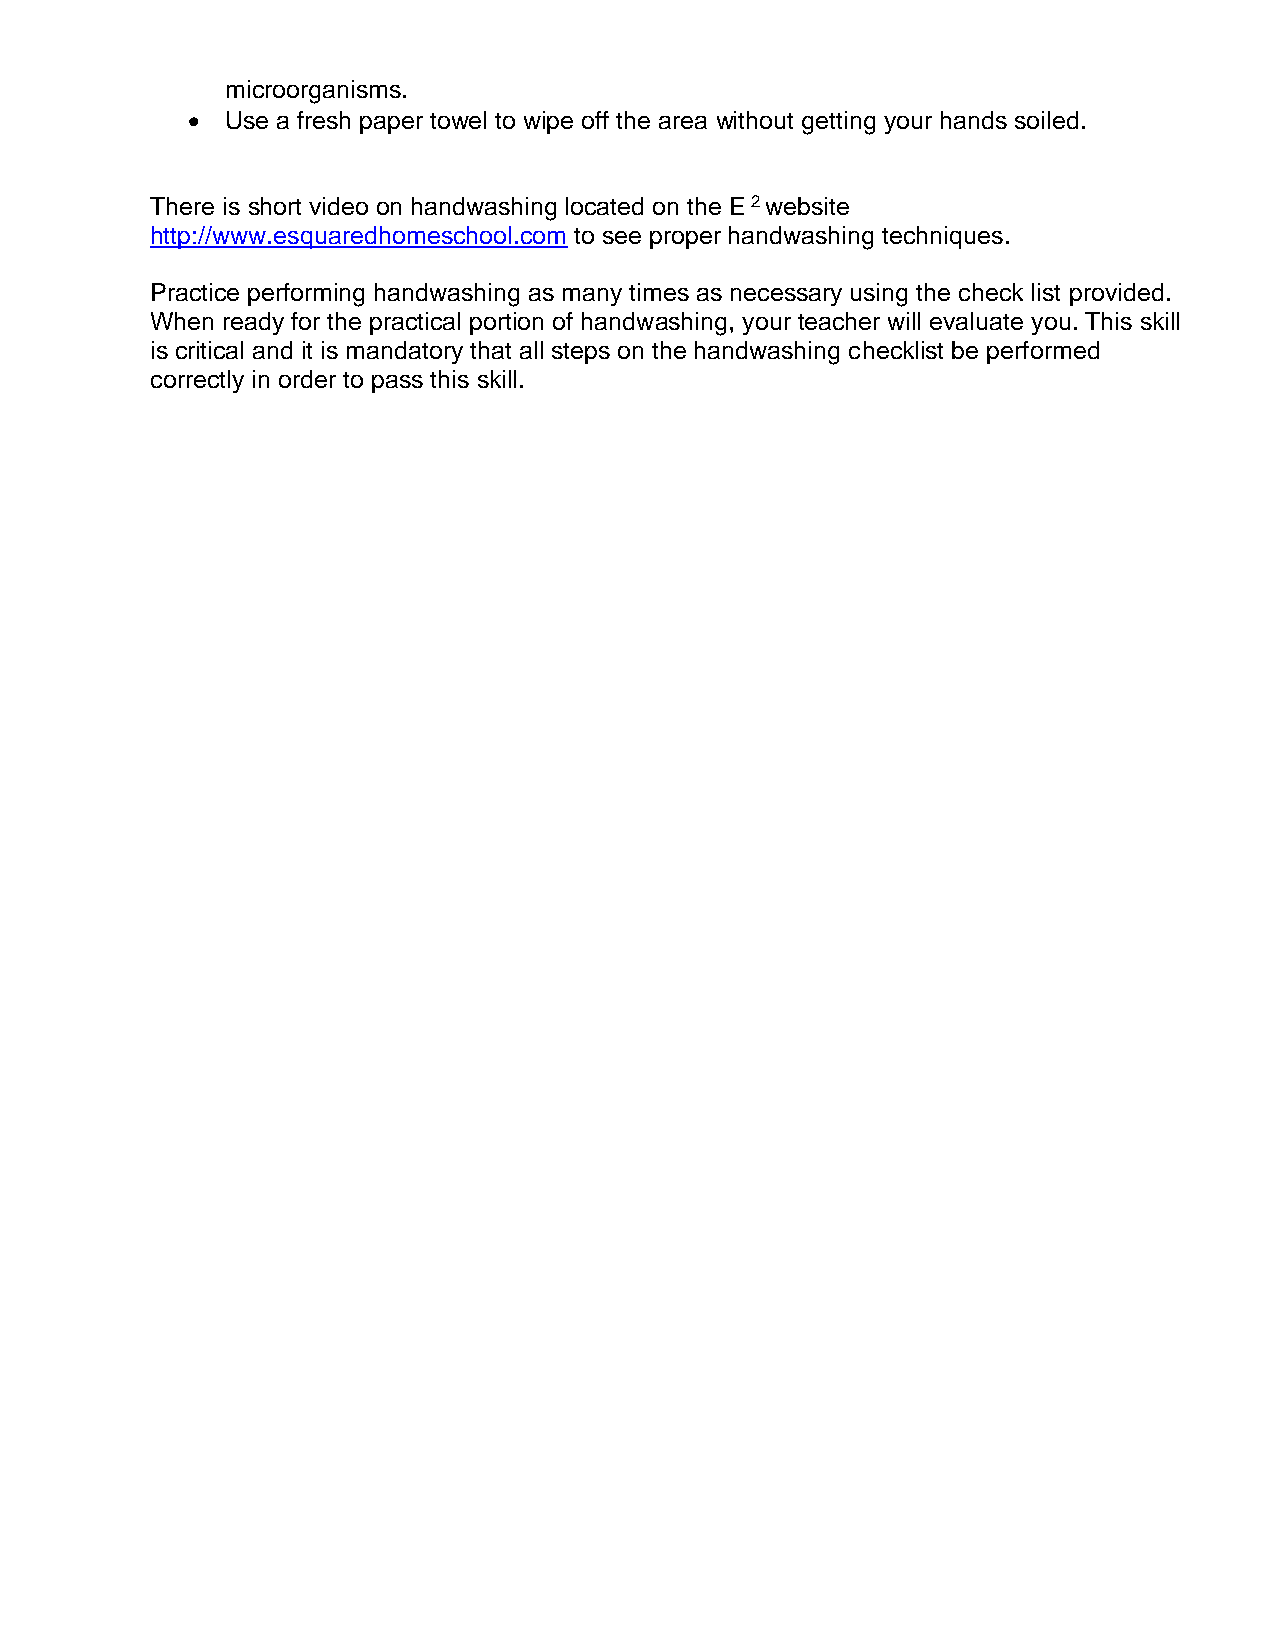
microorganisms.
   Use a fresh paper towel to wipe off the area without getting your hands soiled.
 There is short video on handwashing located on the E 2 website
 http://www.esquaredhomeschool.com to see proper handwashing techniques.
 Practice performing handwashing as many times as necessary using the check list provided.
 When ready for the practical portion of handwashing, your teacher will evaluate you. This skill
 is critical and it is mandatory that all steps on the handwashing checklist be performed
 correctly in order to pass this skill.